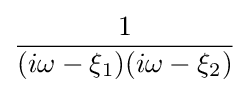
{\frac {1}{(i\omega -\xi _{1})(i\omega -\xi _{2})}}